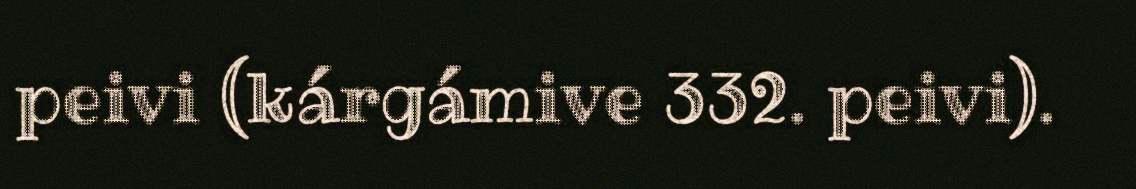
peivi (kárgámive 332. peivi).